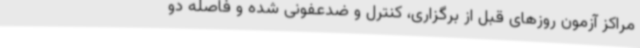
مراکز آزمون روزهای قبل از برگزاری، کنترل و ضدعفونی شده و فاصله دو